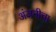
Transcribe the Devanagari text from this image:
अंजनीचा